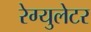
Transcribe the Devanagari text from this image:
रेग्‍युलेटर